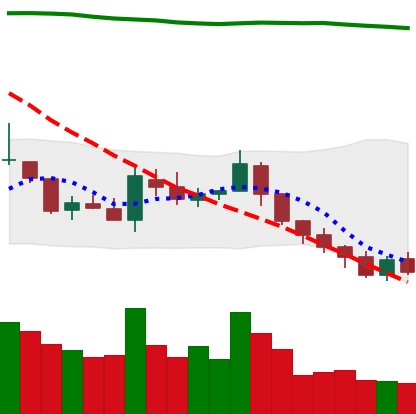
Ticker: TRX-USD
Chart end date: 2018-08-06
Forward return: -22.629%
Label: down_7plus